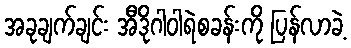
အခုချက်ချင်း အီဒိုဂါဝါရဲစခန်းကို ပြန်လာခဲ့